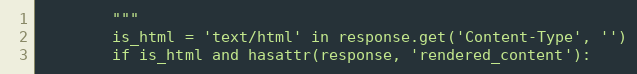
Language: Python
        """
        is_html = 'text/html' in response.get('Content-Type', '')
        if is_html and hasattr(response, 'rendered_content'):